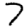
Digit: 7